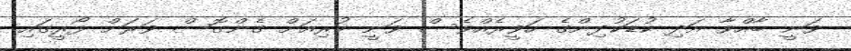
ވަނީ ބާއްވާ އަދި ކުޑަކުދިންގެ ހަވީރެއްވެސް ވަނީ ކުރިއަށް ގެންގޮސް ވަރަށް ފޯރީގައި